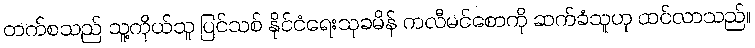
တက်စသည် သူ့ကိုယ်သူ ပြင်သစ် နိုင်ငံရေးသုခမိန် ကလီမင်စောကို ဆက်ခံသူဟု ထင်လာသည်။